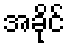
အခိုင်